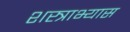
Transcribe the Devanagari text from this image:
शस्त्राभ्यास